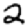
Digit: 2